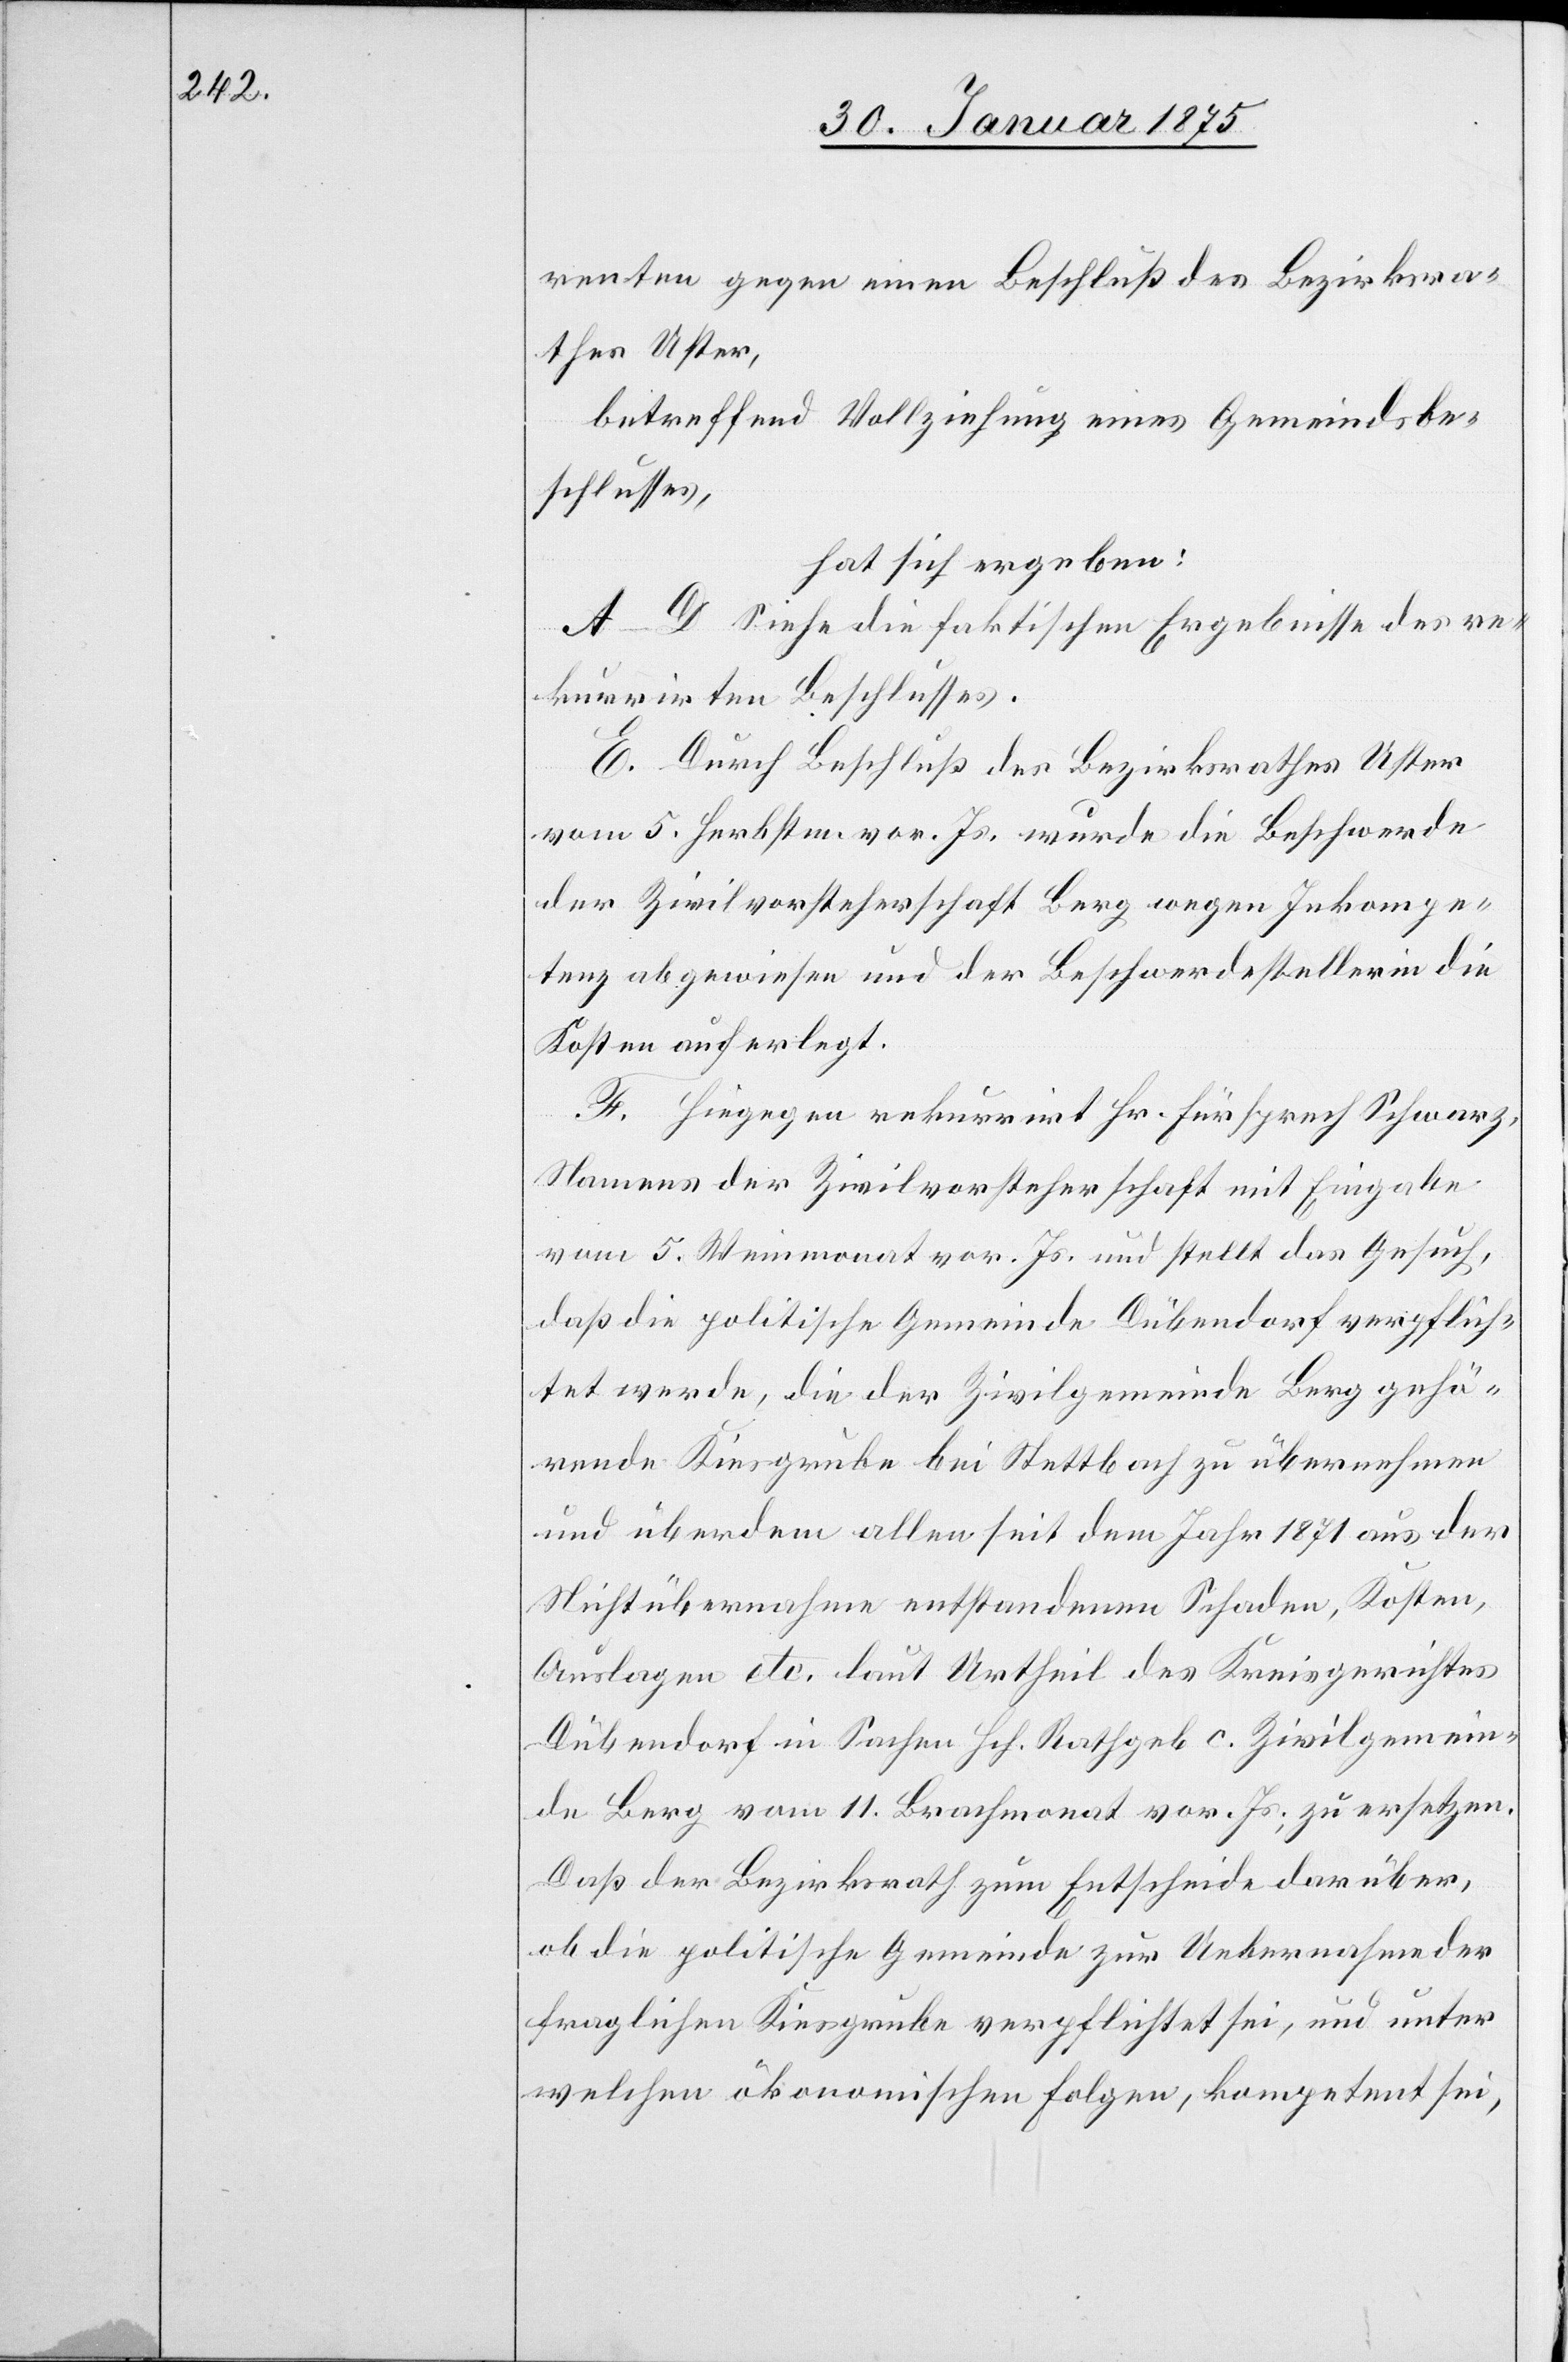
renten gegen einen Beschluß des Bezirksra¬
thes Uster,
betreffend Vollziehung eines Gemeindsbe¬
schlusses,
hat sich ergeben:
A–D. Siehe die faktischen Ergebnisse des re¬
kurrirten Beschlusses.
E. Durch Beschluß des Bezirksrathes Uster
vom 5. Herbstm. vor. Js. wurde die Beschwerde
der Zivilvorsteherschaft Berg wegen Inkompe¬
tenz abgewiesen und der Beschwerdestellerin die
Kosten auferlegt.
F. Hiegegen rekurrirt Hr. Fürsprech Schwarz,
Namens der Zivilvorsteherschaft mit Eingabe
vom 5. Weinmonat vor. Js. und stellt das Gesuch,
daß die politische Gemeinde Dübendorf verpflich¬
tet werde, die der Zivilgemeinde Berg gehö¬
rende Kiesgrube bei Stettbach zu übernehmen
und überdem allen seit dem Jahr 1871 aus der
Nichtübernahme entstandenen Schaden, Kosten,
Auslagen etc. laut Urtheil des Kreisgerichtes
Dübendorf in Sachen Hch. Rathgeb c. Zivilgemein¬
de Berg vom 11. Brachmonat vor. Js., zu ersetzen.
Daß der Bezirksrath zum Entscheide darüber,
ob die politische Gemeinde zur Uebernahme der
fraglichen Kiesgrube verpflichtet sei, und unter
welchen ökonomischen Folgen, kompetent sei,